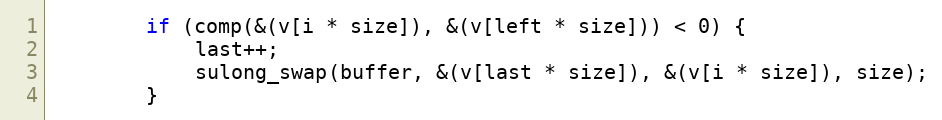
Language: C
        if (comp(&(v[i * size]), &(v[left * size])) < 0) {
            last++;
            sulong_swap(buffer, &(v[last * size]), &(v[i * size]), size);
        }